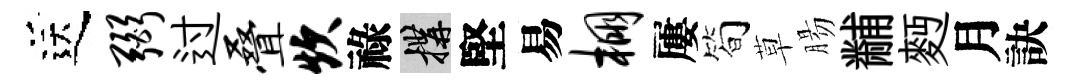
送弼过叠炊祿構堅易棚屢筍草腸黼麪月訣